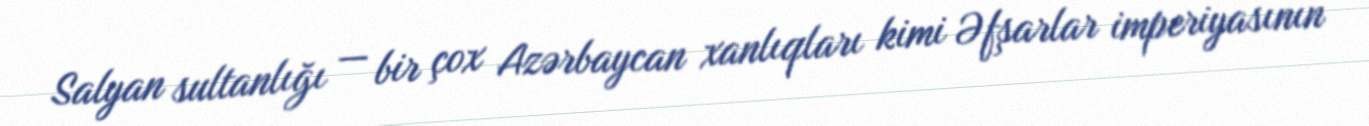
Salyan sultanlığı — bir çox Azərbaycan xanlıqları kimi Əfşarlar imperiyasının